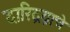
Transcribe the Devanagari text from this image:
दारिद्रय़ाचे